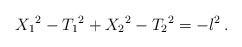
\begin{align*}{X_1}^2 - {T_1}^2 + {X_2}^2 - {T_2}^2 = - l^2 \, . \end{align*}